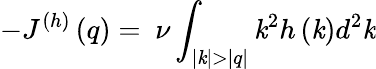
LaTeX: -J^{(h)}\left(q\right)=~\nu\int_{|\mathit{k}|>|q|}{\mathit{k}^{2}h\left(\mathit{k}\right)d^{2}\mathit{k}}